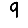
Digit: 9